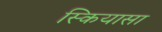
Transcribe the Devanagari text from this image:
स्कियासा